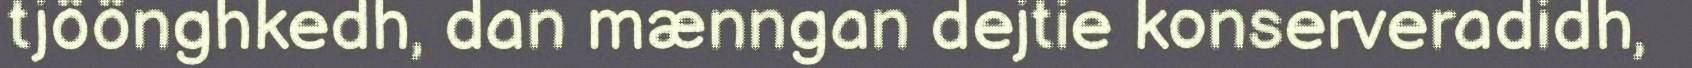
tjöönghkedh, dan mænngan dejtie konserveradidh,